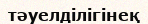
тәуелділігінеқ